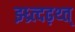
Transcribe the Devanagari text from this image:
झ्ध्र्त्दढ़थ्त्